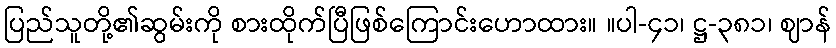
ပြည်သူတို့၏ဆွမ်းကို စားထိုက်ပြီဖြစ်ကြောင်းဟောထား။ ။ပါ-၄၁၊ ဋ္ဌ-၃၈၁၊ ဈာန်